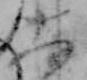
大